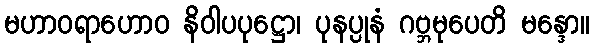
မဟာဝရာဟောဝ နိဝါပပုဋ္ဌော၊ ပုနပ္ပုနံ ဂဗ္ဘမုပေတိ မန္ဒော။